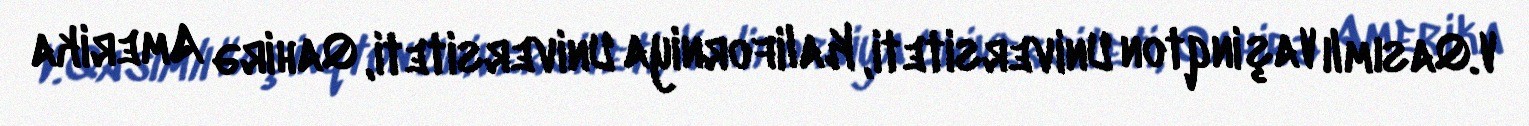
V.Qasımlı Vaşinqton Universiteti, Kaliforniya Universiteti, Qahirə Amerika